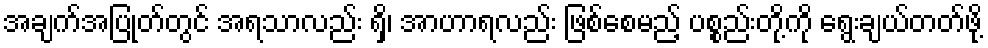
အချက်အပြုတ်တွင် အရသာလည်း ရှိ၊ အာဟာရလည်း ဖြစ်စေမည့် ပစ္စည်းတို့ကို ရွေးချယ်တတ်ဖို့